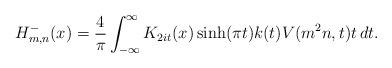
LaTeX: \begin{align*}H_{m, n}^-(x) = \frac{4}{\pi} \int_{-\infty}^\infty K_{2 i t}(x) \sinh(\pi t) k(t) V(m^2 n, t) t \, d t.\end{align*}